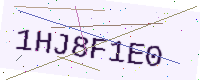
Text: 1HJ8F1E0